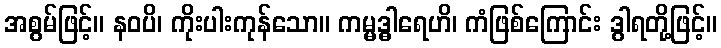
အစွမ်ဖြင့်။ နဝပိ၊ ကိုးပါးကုန်သော။ ကမ္မဒ္ဓါရေဟိ၊ ကံဖြစ်ကြောင်း ဒွါရတို့ဖြင့်။